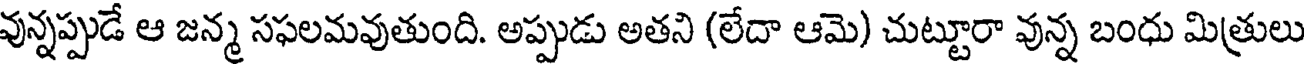
వున్నప్పుడే ఆ జన్మ సఫలమవుతుంది. అప్పుడు అతని (లేదా ఆమె) చుట్టూరా వున్న బంధు మిత్రులు